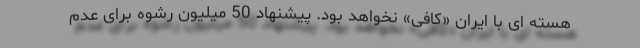
هسته ای با ایران «کافی» نخواهد بود. پیشنهاد 50 میلیون رشوه برای عدم